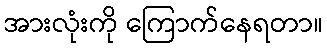
အားလုံးကို ကြောက်နေရတာ။